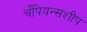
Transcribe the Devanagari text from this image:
चँपियन्सशीप